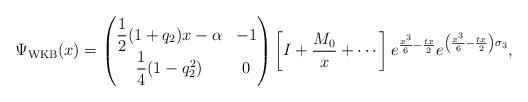
LaTeX: \begin{align*}\Psi_{\rm WKB}(x)=\begin{pmatrix}\dfrac{1}{2}(1+q_2)x-\alpha&-1\\\dfrac{1}{4}(1-q_2^2)&0\end{pmatrix}\left[I+\frac{M_0}{x}+\cdots\right]e^{\frac{x^3}{6}-\frac{tx}{2}}e^{\left(\frac{x^3}{6}-\frac{tx}{2}\right)\sigma_3},\end{align*}